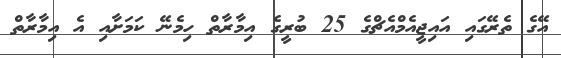
އޭގެ ތެރޭގައި އައިޖީއެމްއެޗްގެ 25 ބުރީގެ އިމާރާތް ހިމެނޭ ކަމަށާއި އެ އިމާރާތް